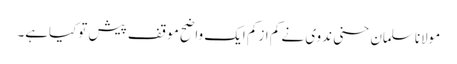
مولاناسلمان حسنی ندوی نے کم ازکم ایک واضح موقف پیش توکیاہے۔